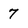
Character: 7